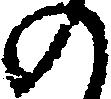
の